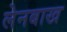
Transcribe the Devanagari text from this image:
लेनबाख